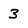
Character: 3